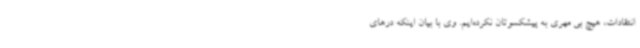
انتقادات، هیچ بی مهری به پیشکسوتان نکرده‌ایم. وی با بیان اینکه درهای